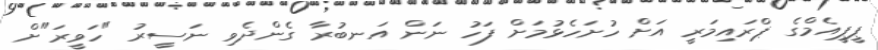
ޕީޕީއެމްގެ ޕްރައިމަރީ އަށް ހުށަހެޅުމަށް ފަހު ނަން އަނބުރާ ގެންދެވި ނަސީރު "ހަވީރަ"ށް